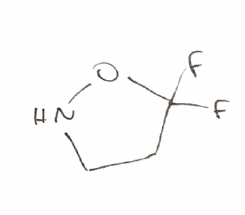
Simplified molecular-input line-entry system (SMILES) notation of the given molecule:
C1CNOC1(F)F